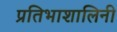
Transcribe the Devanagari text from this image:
प्रतिभाशालिनी